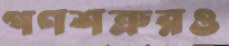
গণশত্রুরও